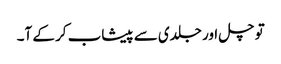
تو چل اور جلدی سے پیشاب کر کے آ۔